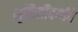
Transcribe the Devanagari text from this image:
सृष्टिसौंदर्याचे